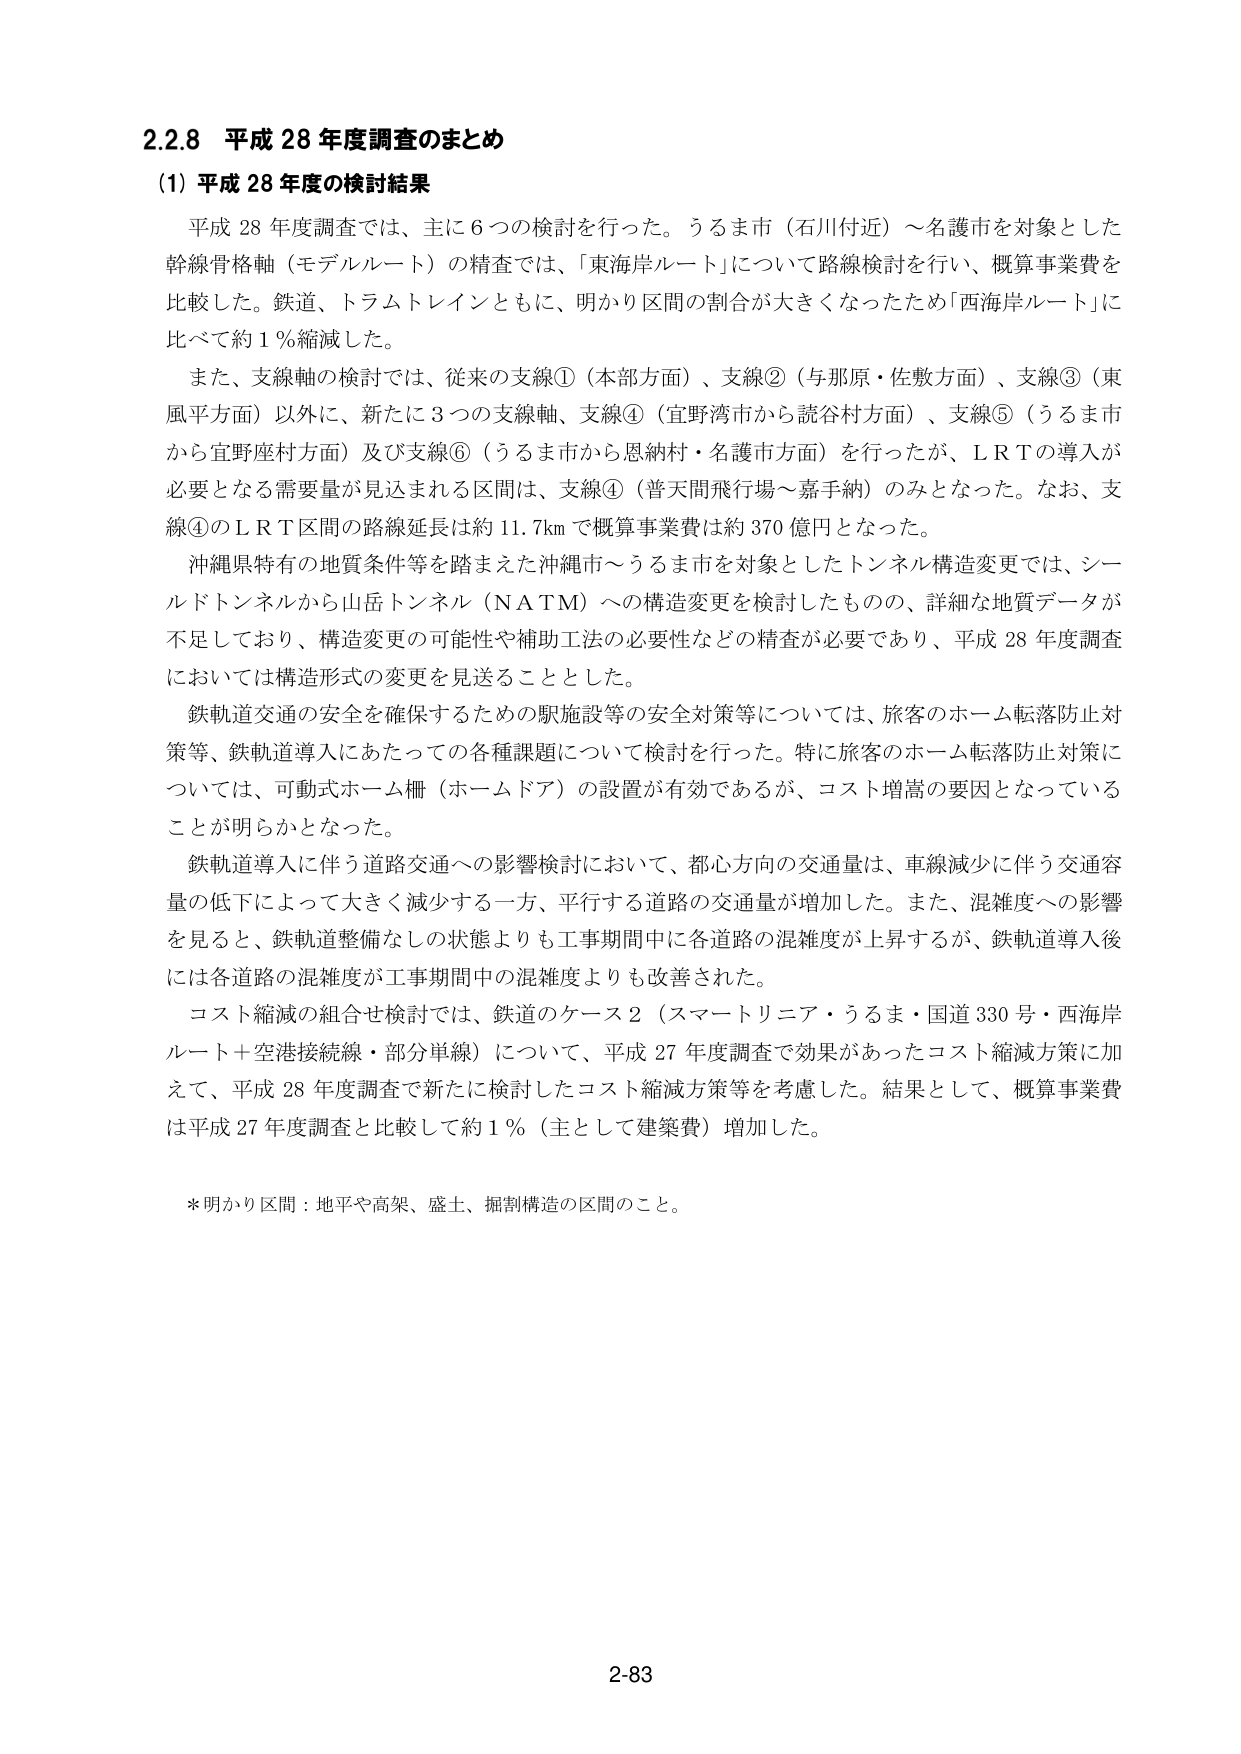
2.2.8 平成 28 年度調査のまとめ
(1) 平成 28 年度の検討結果

平成 28 年度調査では、主に 6 つの検討を行った。うるま市（石川付近）～名護市を対象とした幹線骨格軸（モデルルート）の精査では、「東海岸ルート」について路線検討を行い、概算事業費を比較した。鉄道、トラムトレインともに、明かり区間の割合が大きくなったため「西海岸ルート」に比べて約 1％縮減した。

また、支線軸の検討では、従来の支線①（本部方面）、支線②（与那原・佐敷方面）、支線③（東風平方面）以外に、新たに 3 つの支線軸、支線④（宜野湾市から読谷村方面）、支線⑤（うるま市から宜野座村方面）及び支線⑥（うるま市から恩納村・名護市方面）を行ったが、LRT の導入が必要となる需要量が見込まれる区間は、支線④（普天間飛行場～嘉手納）のみとなった。なお、支線④の LRT 区間の路線延長は約 11.7km で概算事業費は約 370 億円となった。

沖縄県特有の地質条件等を踏まえた沖縄市～うるま市を対象としたトンネル構造変更では、シールドトンネルから山岳トンネル（NATM）への構造変更を検討したもの、詳細な地質データが不足しており、構造変更の可能性や補助工法の必要性などの精査が必要であり、平成 28 年度調査においては構造形式の変更を見送ることとした。

鉄軌道交通の安全を確保するための駅施設等の安全対策等については、旅客のホーム転落防止対策等、鉄軌道導入にあたっての各種課題について検討を行った。特に旅客のホーム転落防止対策については、可動式ホーム柵（ホームドア）の設置が有効であるが、コスト増嵩の要因となっていることが明らかとなった。

鉄軌道導入に伴う道路交通への影響検討において、都心方向の交通量は、車線減少に伴う交通容量の低下によって大きく減少する一方、平行する道路の交通量が増加した。また、混雑度への影響を見ると、鉄軌道整備なしの状態よりも工事期間中に各道路の混雑度が上昇するが、鉄軌道導入後には各道路の混雑度が工事期間中の混雑度よりも改善された。

コスト縮減の組合せ検討では、鉄道のケース 2（スマートリニア・うるま・国道 330 号・西海岸ルート＋空港接続線・部分単線）について、平成 27 年度調査で効果があったコスト縮減方策に加えて、平成 28 年度調査で新たに検討したコスト縮減方策等を考慮した。結果として、概算事業費は平成 27 年度調査と比較して約 1％（主として建築費）増加した。

*明かり区間：地平や高架、盛土、掘削構造の区間のこと。

2-83